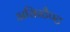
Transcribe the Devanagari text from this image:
असिस्टैण्ट